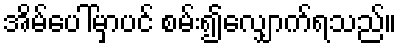
အိမ်ပေါ်မှာပင် စမ်း၍လျှောက်ရသည်။